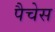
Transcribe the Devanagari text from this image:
पैचेस